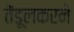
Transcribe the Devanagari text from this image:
तेंडूलकरने